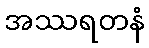
အဿရတနံ